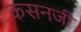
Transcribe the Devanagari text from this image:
कसनजी